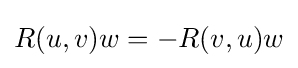
R(u,v)w=-R(v,u)w